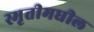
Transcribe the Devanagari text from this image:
स्मृतीमधील